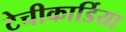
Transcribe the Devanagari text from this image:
टेचीकार्डिया